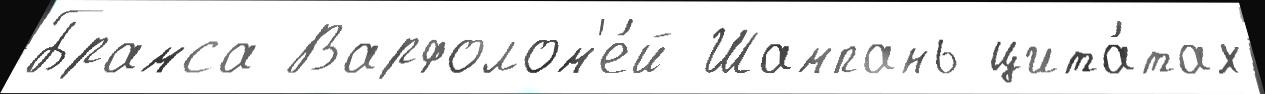
Брамса Варфолом'е́й Шампань цита́тах